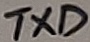
Text: TXD